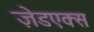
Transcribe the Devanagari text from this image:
ज़ेडएक्स